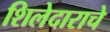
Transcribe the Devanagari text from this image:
शिलेदाराचे